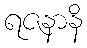
ရဇနာနိ